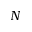
N